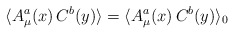
\begin{align*}\langle A^a_\mu(x) \, C^b(y) \rangle = \langle A^a_\mu(x) \, C^b(y) \rangle_0\end{align*}